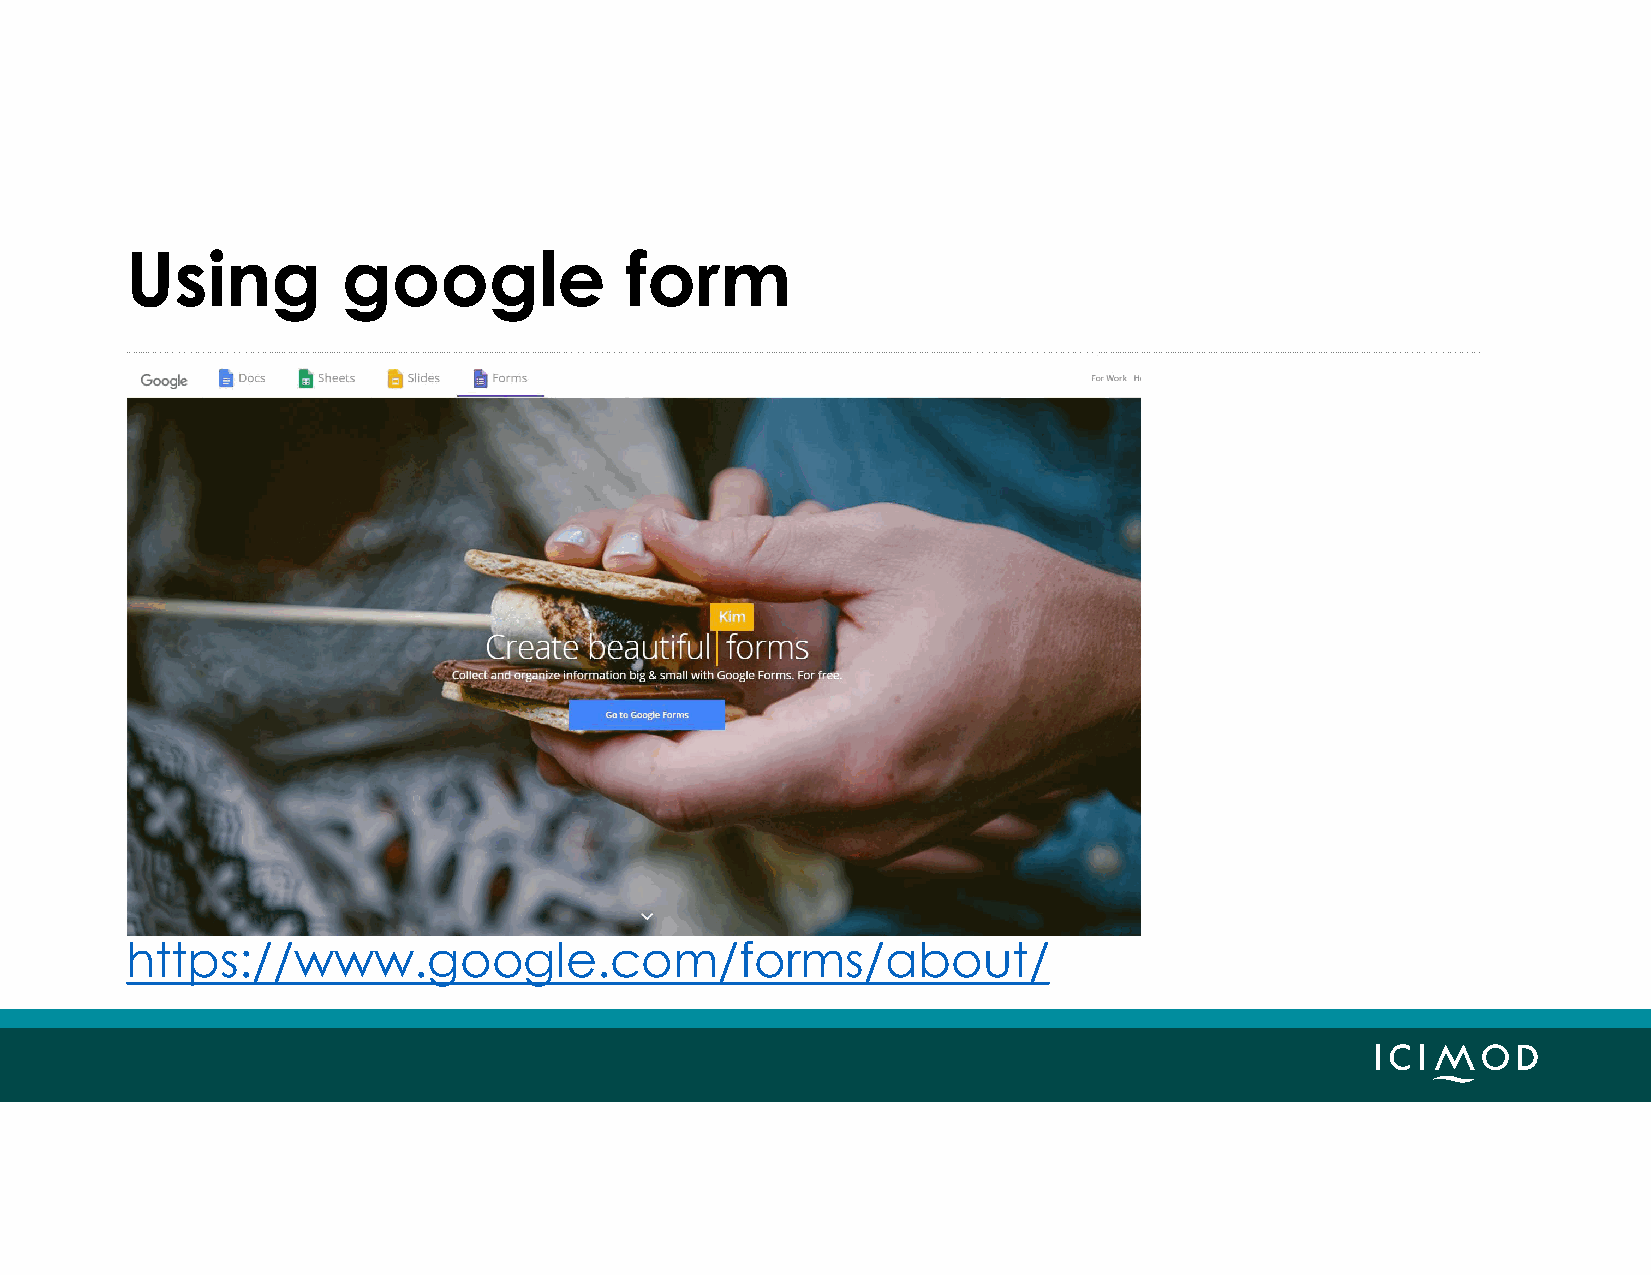
Using          google            form
 https://www.google.com/forms/about/